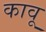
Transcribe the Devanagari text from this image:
कावू